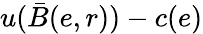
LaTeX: u(\bar{B}(e,r))-c(e)